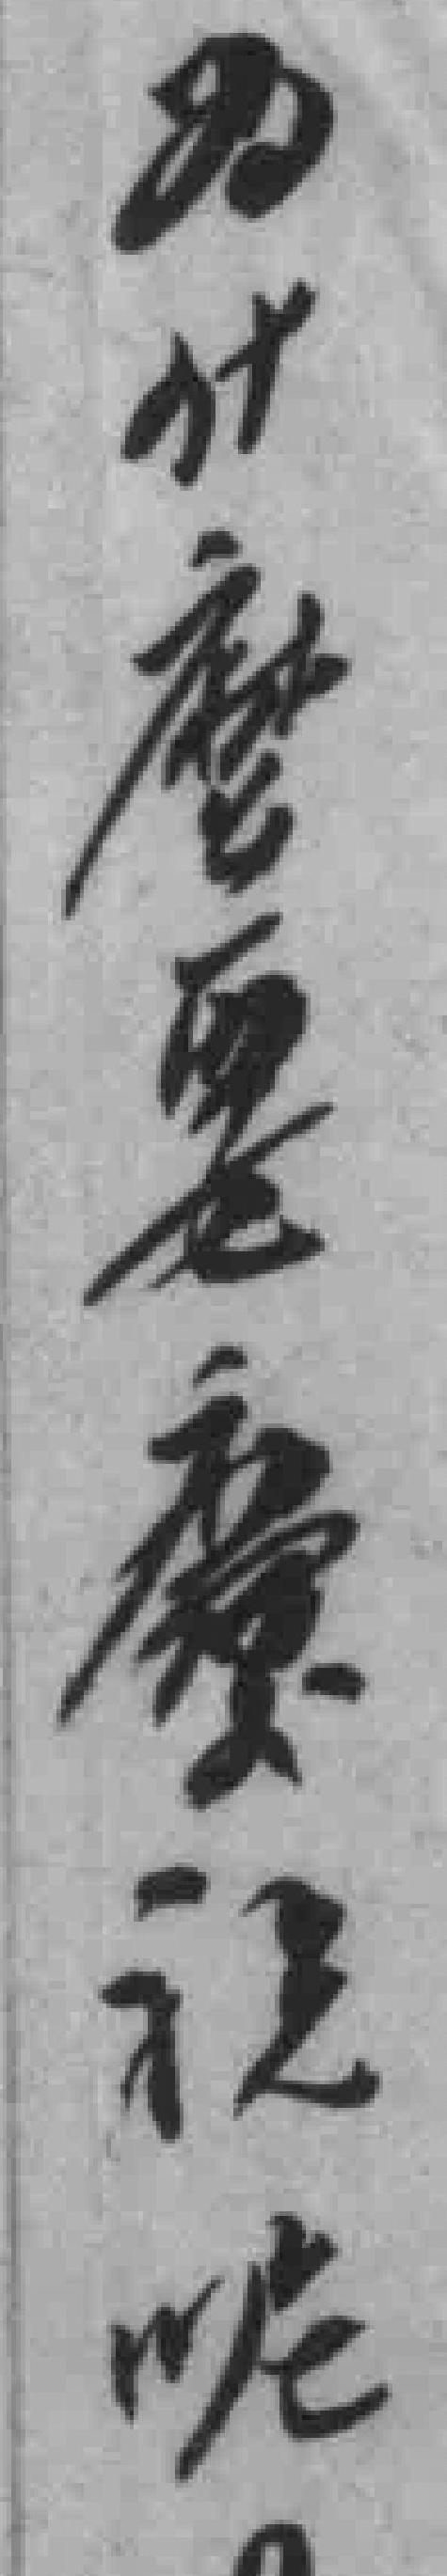
为什麽要慶祝呢